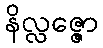
နိလ္လဇ္ဇော